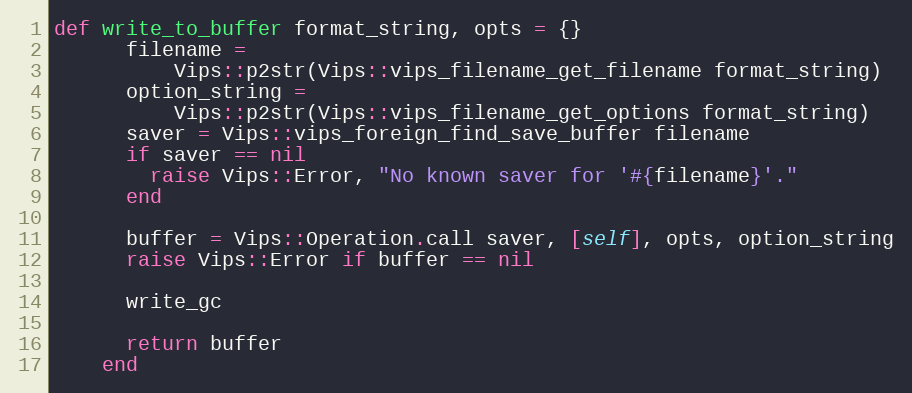
Language: Ruby
def write_to_buffer format_string, opts = {}
      filename =
          Vips::p2str(Vips::vips_filename_get_filename format_string)
      option_string =
          Vips::p2str(Vips::vips_filename_get_options format_string)
      saver = Vips::vips_foreign_find_save_buffer filename
      if saver == nil
        raise Vips::Error, "No known saver for '#{filename}'."
      end

      buffer = Vips::Operation.call saver, [self], opts, option_string
      raise Vips::Error if buffer == nil

      write_gc

      return buffer
    end